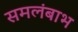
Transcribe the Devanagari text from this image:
समलंबाभ